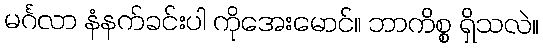
မင်္ဂလာ နံနက်ခင်းပါ ကိုအေးမောင်။ ဘာကိစ္စ ရှိသလဲ။